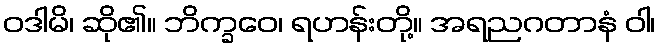
ဝဒါမိ၊ ဆို၏။ ဘိက္ခဝေ၊ ရဟန်းတို့။ အရညဂတာနံ ဝါ၊